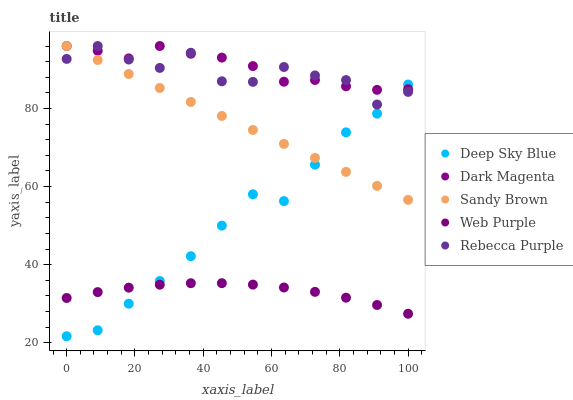
| xaxis_label | Deep Sky Blue | Dark Magenta | Sandy Brown | Web Purple | Rebecca Purple |
 | --- | --- | --- | --- | --- | --- |
 | 0 | 21.7 | 96 | 96 | 31.5 | 92.7 |
 | 9.09 | 23.2 | 94.8 | 92.4 | 33 | 96 |
 | 18.2 | 30 | 92.8 | 88.8 | 34.1 | 92.5 |
 | 27.3 | 35.8 | 96 | 85.3 | 34.9 | 90.4 |
 | 36.4 | 42.2 | 94 | 81.7 | 35.3 | 94.3 |
 | 45.5 | 50 | 93 | 78.1 | 35.3 | 87 |
 | 54.5 | 58 | 90.9 | 74.5 | 34.9 | 86.8 |
 | 63.6 | 56.3 | 86.9 | 70.9 | 34.2 | 90.6 |
 | 72.7 | 65.6 | 87.3 | 67.3 | 33 | 88.5 |
 | 81.8 | 73.9 | 85.7 | 63.8 | 31.6 | 87.3 |
 | 90.9 | 78.7 | 84.8 | 60.2 | 29.7 | 81 |
 | 100 | 86.1 | 84.9 | 56.6 | 27.4 | 84.2 |